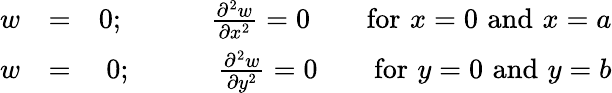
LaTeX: \begin{array}{rlr}{w}&{=}&{0;\quad\quad\quad\frac{\partial^{2}w}{\partial x^{2}}=0\quad\quad\mathrm{for}\, \, x=0\, \, \mathrm{and}\, \, x=a}\\ {w}&{=}&{0;\quad\quad\quad\frac{\partial^{2}w}{\partial y^{2}}=0\quad\quad\mathrm{for}\, \, y=0\, \, \mathrm{and}\, \, y=b}\end{array}